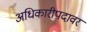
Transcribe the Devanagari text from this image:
अधिकारीपदावर